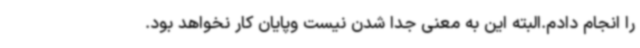
را انجام دادم.البته این به معنی جدا شدن نیست وپایان کار نخواهد بود.